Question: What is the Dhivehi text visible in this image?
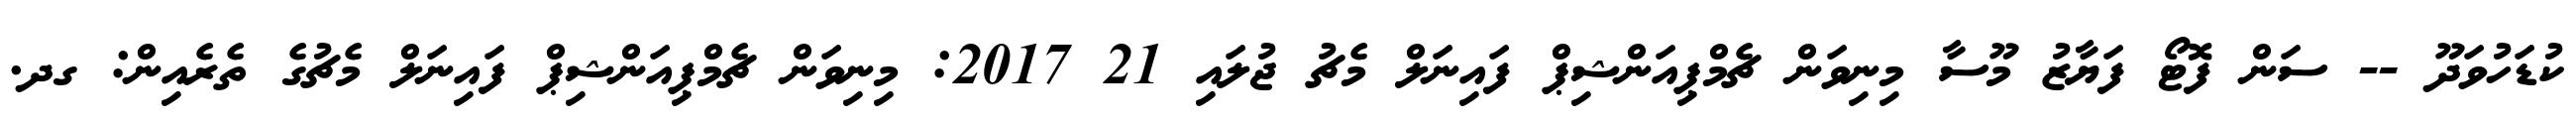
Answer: ކުޑަހުވަދޫ -- ސަން ފޮޓޯ ފަޔާޒު މޫސާ މިނިވަން ޗެމްޕިއަންޝިޕް ފައިނަލް މެޗު ޖުލައި 21 2017: މިނިވަން ޗެމްޕިއަންޝިޕް ފައިނަލް މެޗުގެ ތެރެއިން: ގދ.